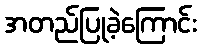
အတည်ပြုခဲ့ကြောင်း